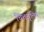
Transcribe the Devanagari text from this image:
चित्तवृत्तिय